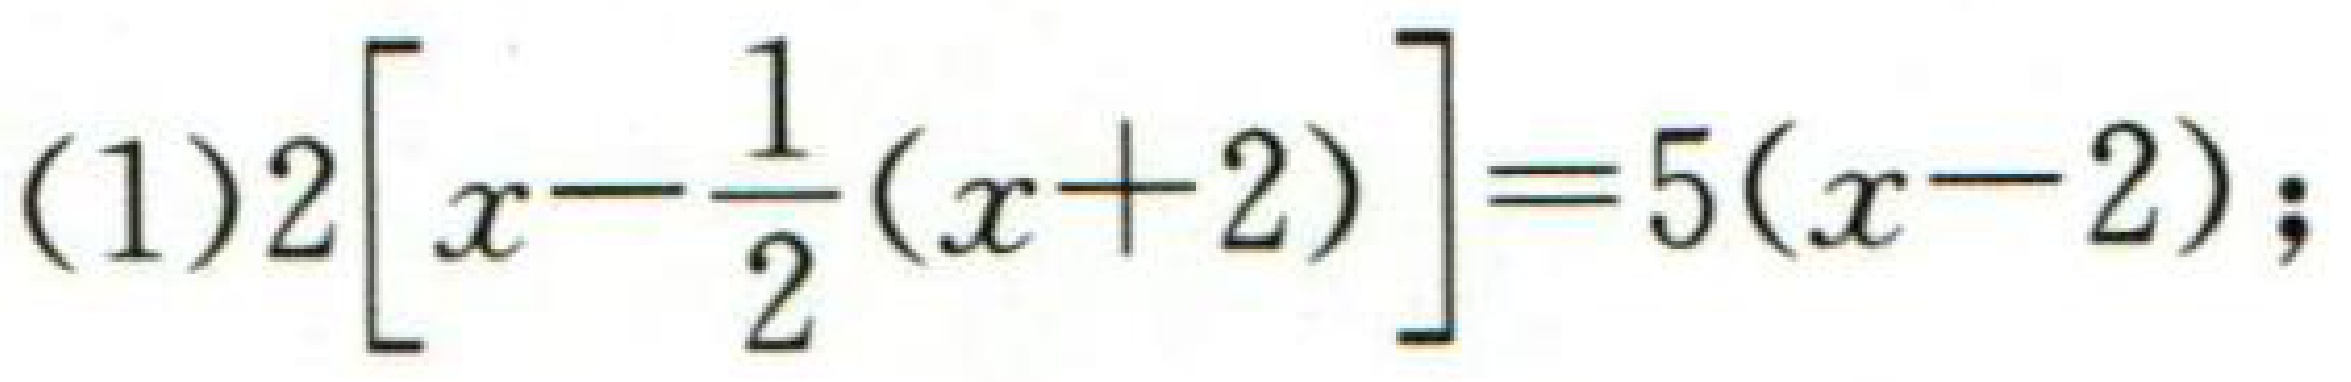
\((1)2\left[x-\frac{1}{2}(x + 2)\right]=5(x - 2);\)